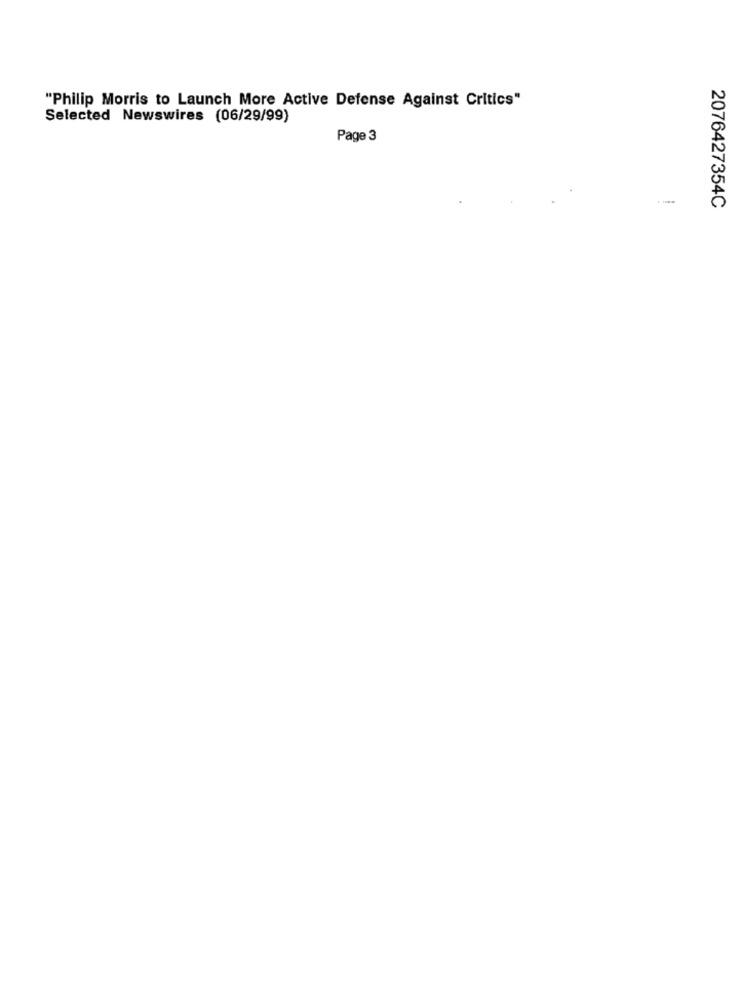
"Philip Morris to Launch More Active Defense Against Critics"
Selected Newswires (06/29/99)
Page 3
2076427354C